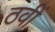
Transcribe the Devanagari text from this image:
ठवीं